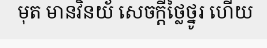
មុត មានវិនយ័ សេចក្តីថ្លៃថ្នូរ ហើយ